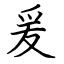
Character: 爰